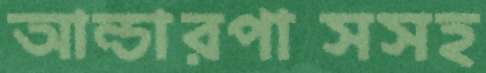
আন্ডারপাসসহ